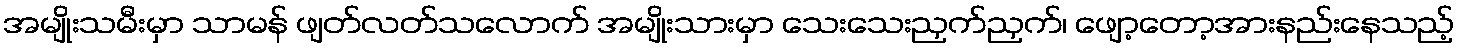
အမျိုးသမီးမှာ သာမန် ဖျတ်လတ်သလောက် အမျိုးသားမှာ သေးသေးညှက်ညှက်၊ ဖျော့တော့အားနည်းနေသည့်